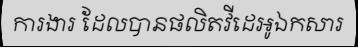
ការងារ ដែលបានផលិតវីដេអូឯកសារ